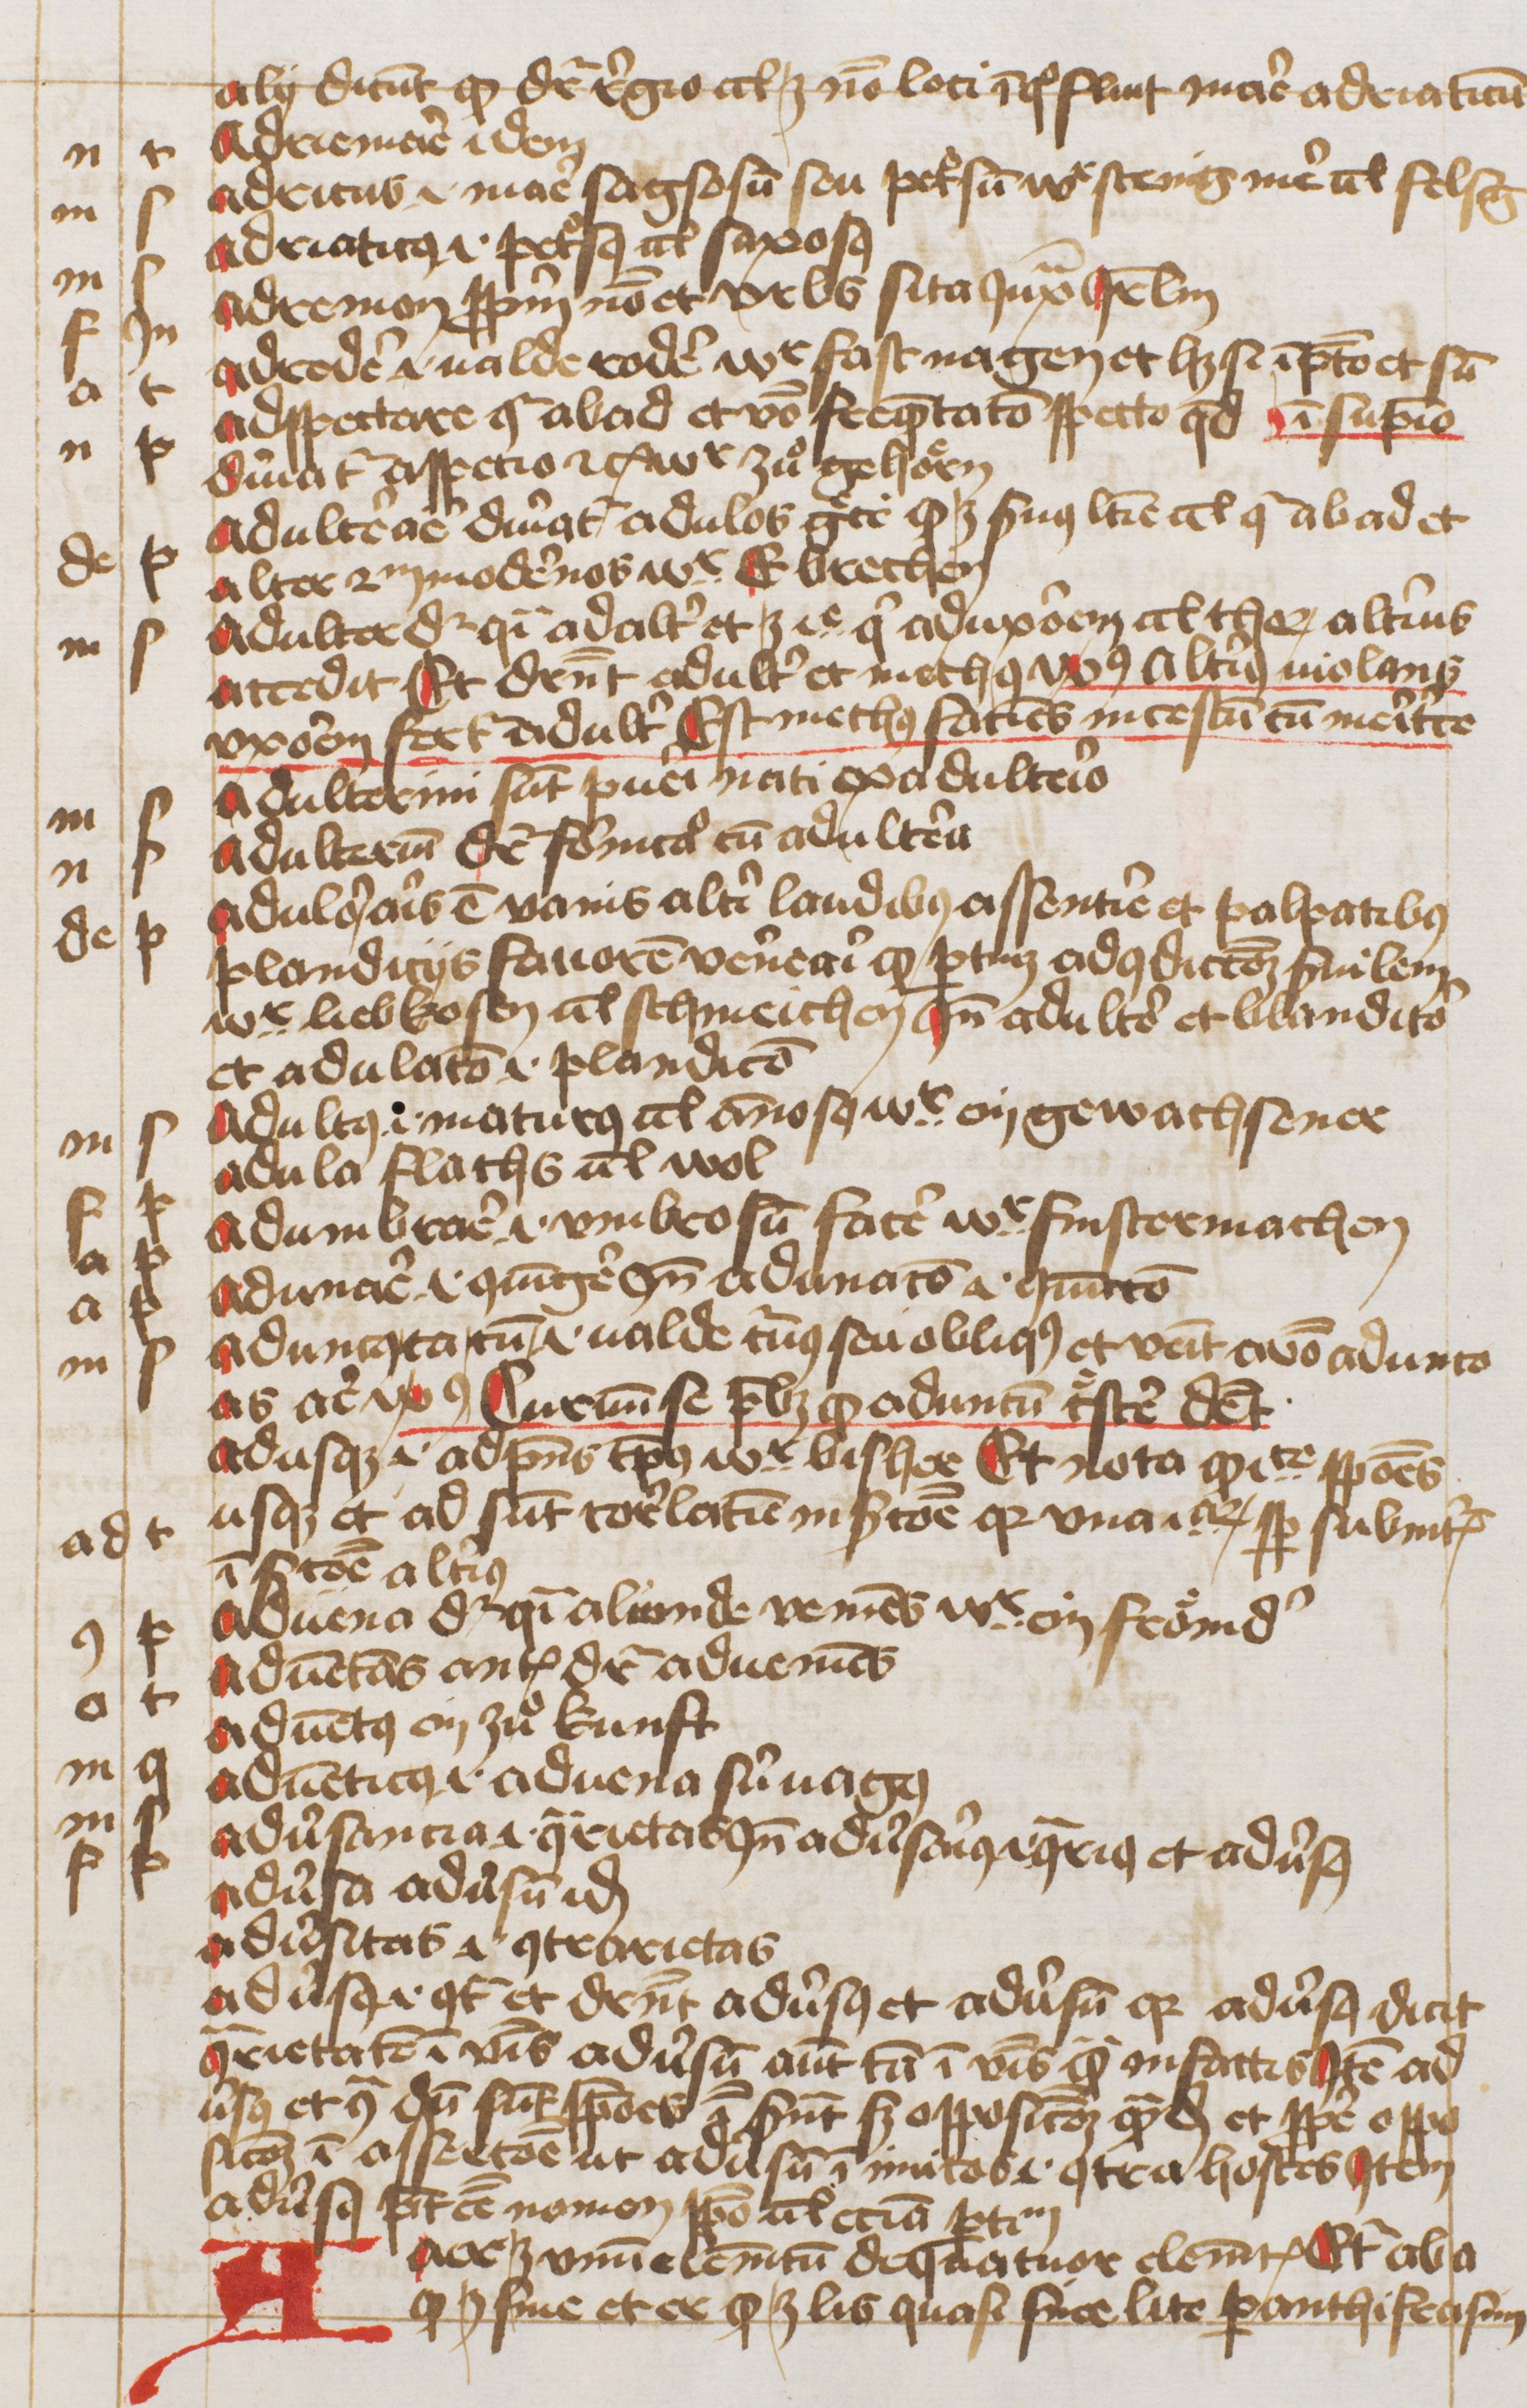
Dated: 1445–1455